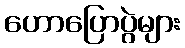
ဟောပြောပွဲများ